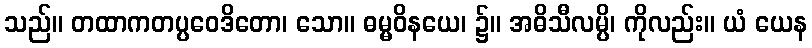
သည်။ တထာကတပ္ပဝေဒိတော၊ သော။ ဓမ္မဝိနယေ၊ ၌။ အဓိသီလမ္ပိ၊ ကိုလည်း။ ယံ ယေန